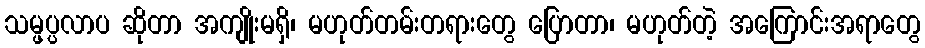
သမ္ဖပ္ပလာပ ဆိုတာ အကျိုးမရှိ၊ မဟုတ်တမ်းတရားတွေ ပြောတာ၊ မဟုတ်တဲ့ အကြောင်းအရာတွေ